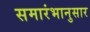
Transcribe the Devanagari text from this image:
समारंभानुसार